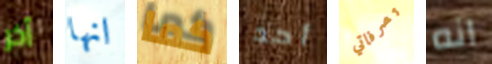
آخر انها كما أحد تصرفاتي انه